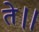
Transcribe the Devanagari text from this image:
ते।।